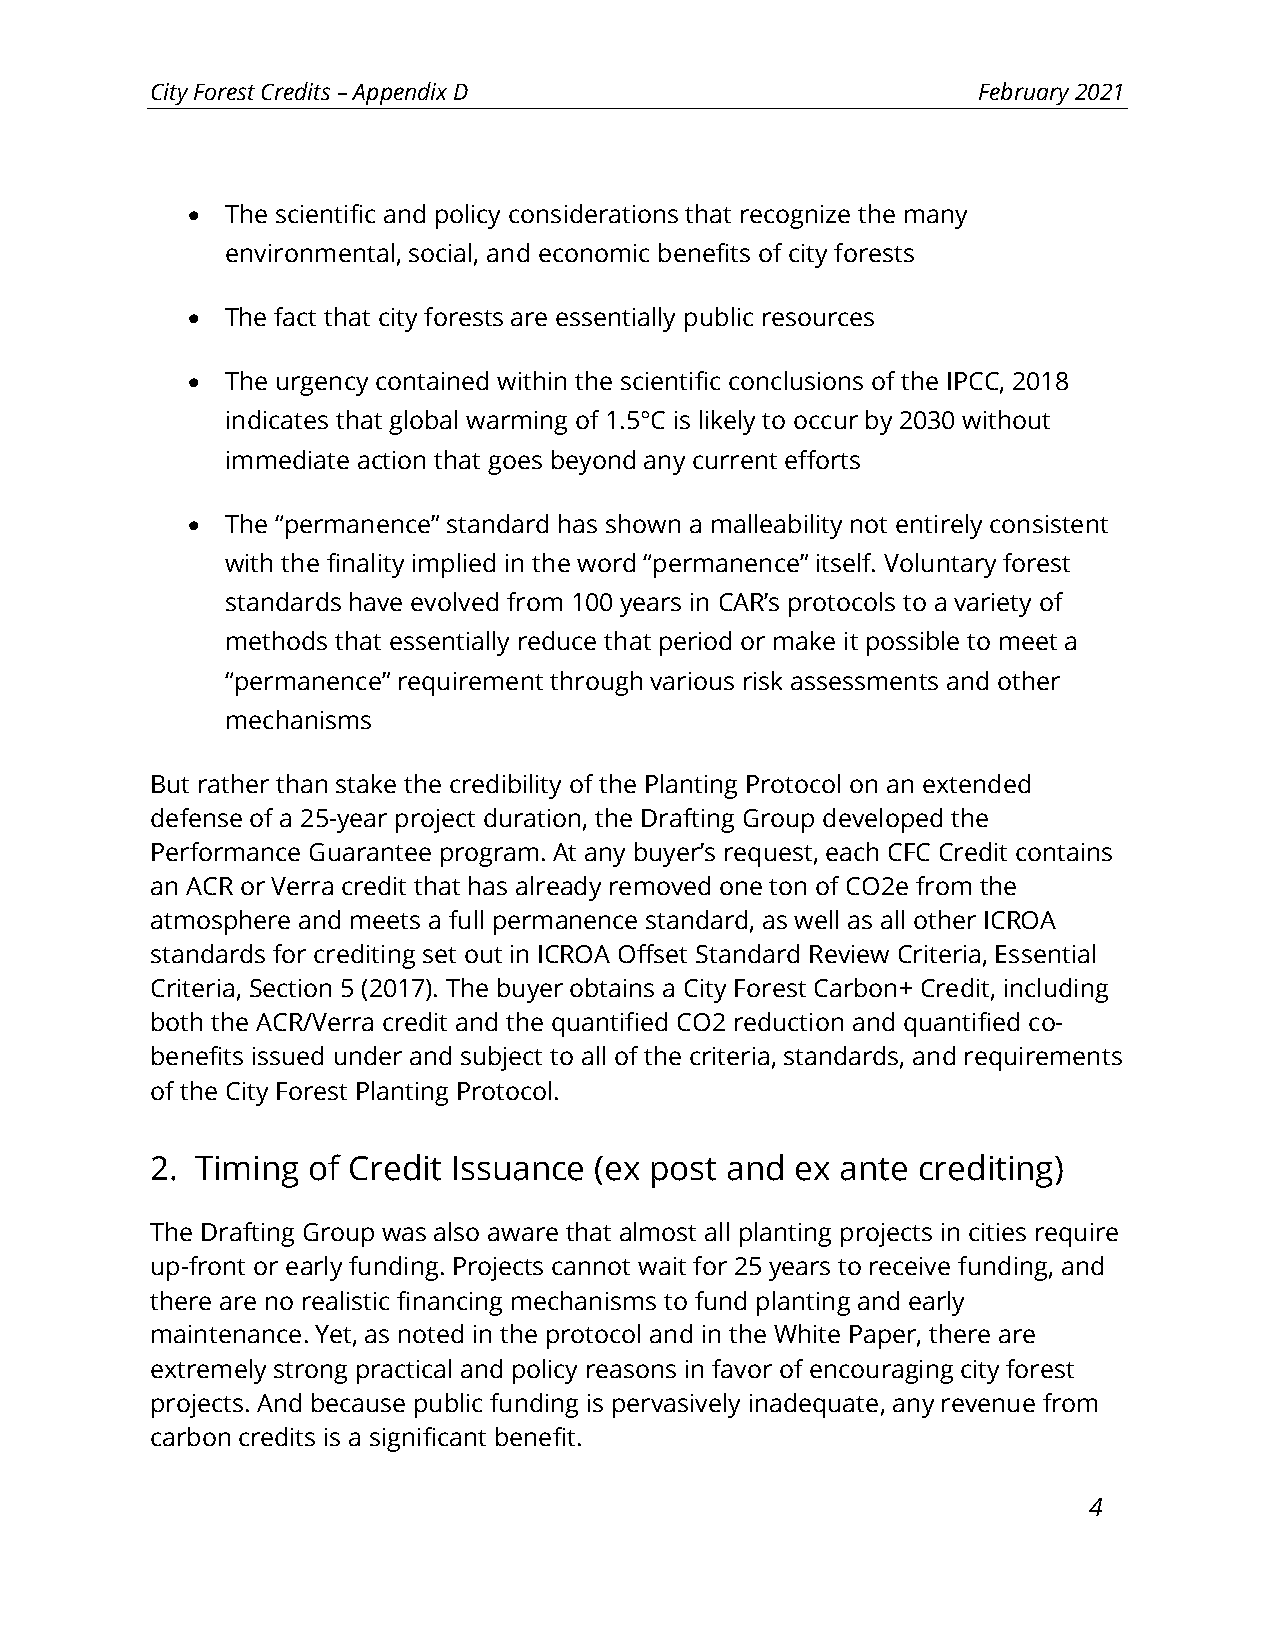
City Forest Credits – Appendix D                       February 2021
 •  The scientific and policy considerations that recognize the many
 environmental, social, and economic benefits of city forests
 •  The fact that city forests are essentially public resources
 •  The urgency contained within the scientific conclusions of the IPCC, 2018
 indicates that global warming of 1.5°C is likely to occur by 2030 without
 immediate action that goes beyond any current efforts
 •  The “permanence” standard has shown a malleability not entirely consistent
 with the finality implied in the word “permanence” itself. Voluntary forest
 standards have evolved from 100 years in CAR’s protocols to a variety of
 methods that essentially reduce that period or make it possible to meet a
 “permanence” requirement through various risk assessments and other
 mechanisms
 But rather than stake the credibility of the Planting Protocol on an extended
 defense of a 25-year project duration, the Drafting Group developed the
 Performance Guarantee program. At any buyer’s request, each CFC Credit contains
 an ACR or Verra credit that has already removed one ton of CO2e from the
 atmosphere and meets a full permanence standard, as well as all other ICROA
 standards for crediting set out in ICROA Offset Standard Review Criteria, Essential
 Criteria, Section 5 (2017). The buyer obtains a City Forest Carbon+ Credit, including
 both the ACR/Verra credit and the quantified CO2 reduction and quantified co-
 benefits issued under and subject to all of the criteria, standards, and requirements
 of the City Forest Planting Protocol.
 2. Timing of Credit Issuance (ex post and  ex ante crediting)
 The Drafting Group was also aware that almost all planting projects in cities require
 up-front or early funding. Projects cannot wait for 25 years to receive funding, and
 there are no realistic financing mechanisms to fund planting and early
 maintenance. Yet, as noted in the protocol and in the White Paper, there are
 extremely strong practical and policy reasons in favor of encouraging city forest
 projects. And because public funding is pervasively inadequate, any revenue from
 carbon credits is a significant benefit.
 4